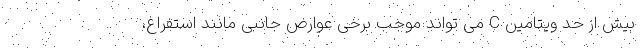
بیش از حد ویتامین C می تواند موجب برخی عوارض جانبی مانند استفراغ،